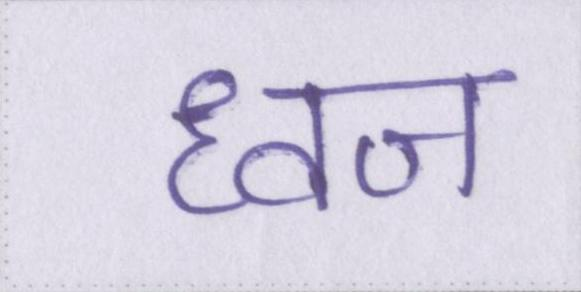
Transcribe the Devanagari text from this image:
ध्वज